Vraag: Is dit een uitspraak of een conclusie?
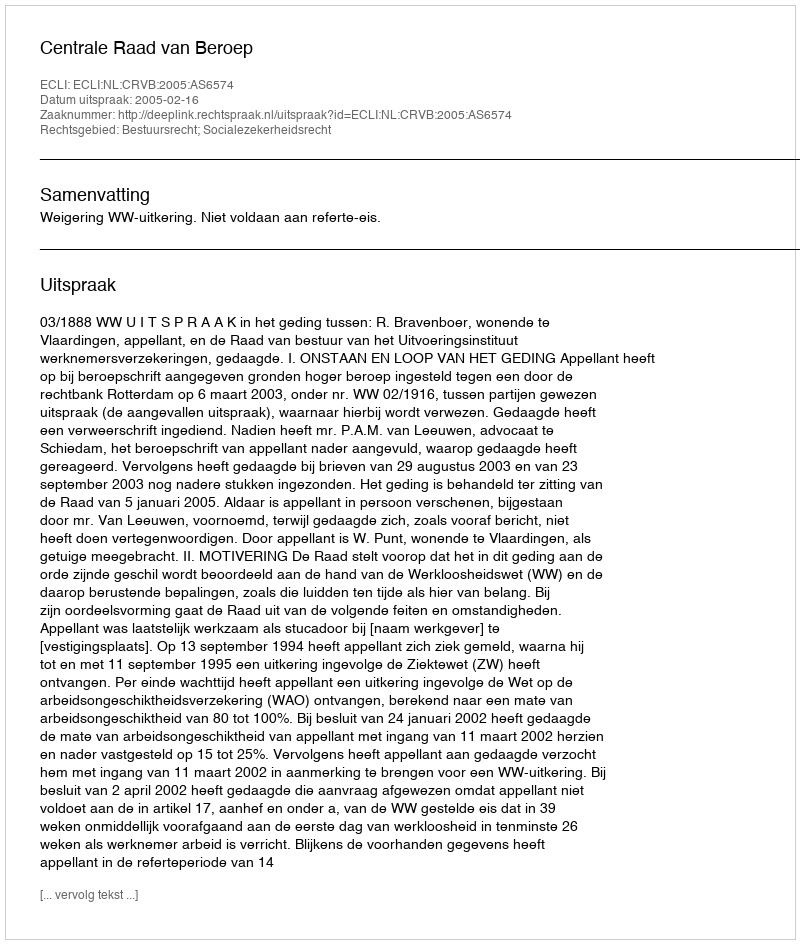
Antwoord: Uitspraak